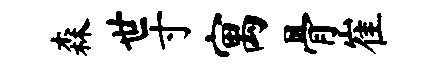
森世寸寓骨崔